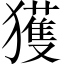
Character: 獲